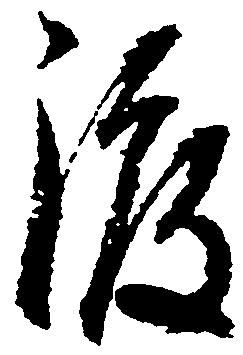
渡